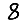
Digit: 8